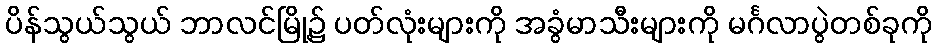
ပိန်သွယ်သွယ် ဘာလင်မြို့၌ ပတ်လုံးများကို အခွံမာသီးများကို မင်္ဂလာပွဲတစ်ခုကို